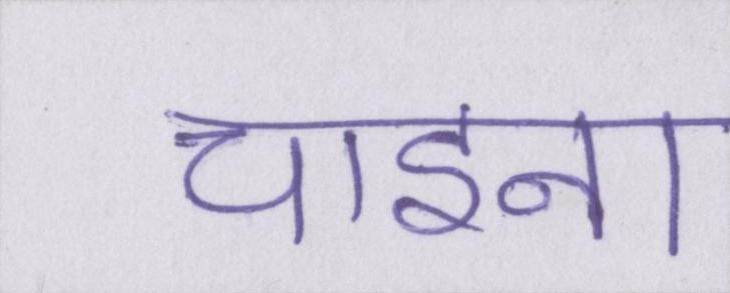
चाइना